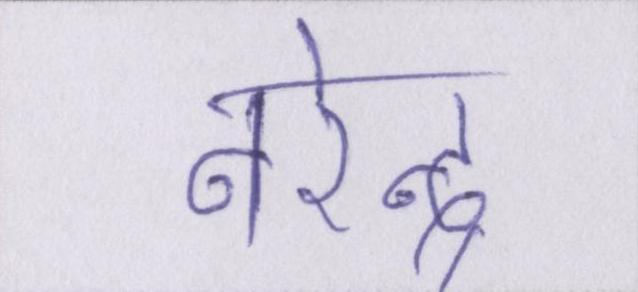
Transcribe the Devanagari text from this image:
नरेन्द्र